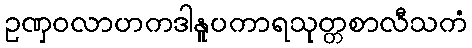
ဥဏှဝလာဟကဒါနူပကာရသုတ္တစာလီသကံ